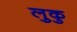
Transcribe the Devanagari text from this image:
लुकु